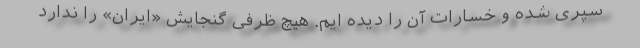
سپری شده و خسارات آن را دیده ایم. هیچ ظرفی گنجایش «ایران» را ندارد